Annual report of the Punjab Veterinary College and of the Civil Veterinary Department, Punjab - 1909-1919
Year: 1909
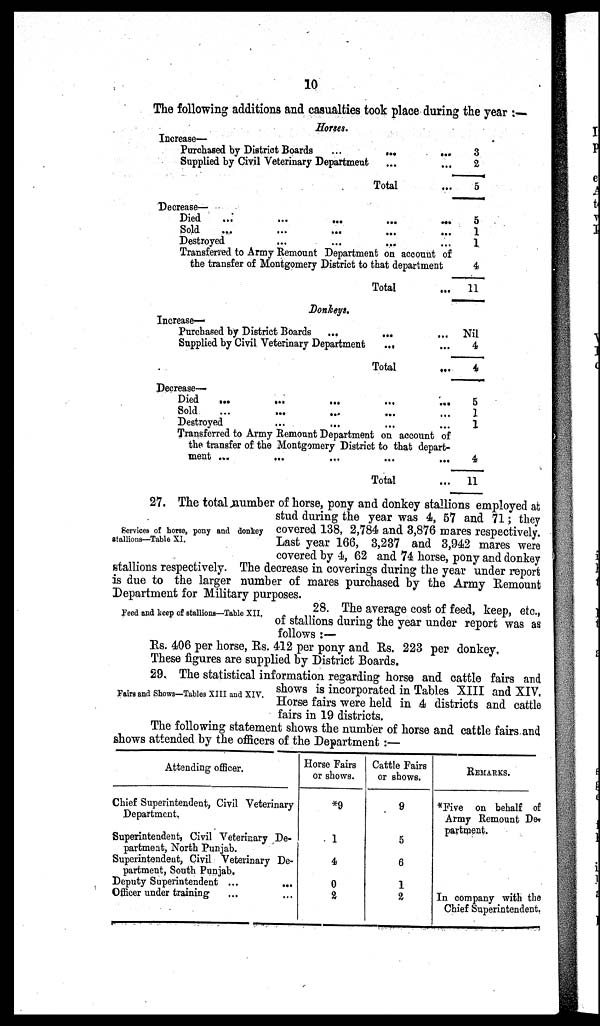
10
The following additions and casualties took place during the year :—
Horses.
Increase—
Purchased by District Boards
...
...
...
Supplied by Civil Veterinary Department ... ...
Total ...
Decrease—
Died ... ... ... ... ...
Sold
...
...
...
...
...
Destroyed
...
...
...
Transferred to Army Remount Department on account of
the transfer of Montgomery District to that department
Total ...
Donkeys.
Increase—
Purchased by District Boards
...
... ...
Supplied by Civil Veterinary Department
... ...
Total ...
Decrease—
Died
...
...
...
...
...
Sold
...
... ... ... ...
Destroyed ... ... ...
Transferred to Army Remount Department on account of
the transfer of the Montgomery District to that depart-
ment ...
...
...
...
...
Total ...
3
2
5
5
1
1
4
11
Nil
4
4
5
1
1
4
11
Services of horse, pony and donkey
stallions—Table XI.
27. The total number of horse, pony and donkey stallions employed at
stud during the year was 4, 57 and 71; they
covered 138, 2,784 and 3,876 mares respectively.
Last year 166, 3,237 and 3,942 mares were
covered by 4, 62 and 74 horse, pony and donkey
stallions respectively. The decrease in coverings during the year under report
is due to the larger number of mares purchased by the Army Remount
Department for Military purposes.
Feed and keep of stallions—Table XII.
28. The average cost of feed, keep, etc.,
of stallions during the year under report was as
follows :—
Rs. 406 per horse, Rs. 412 per pony and Rs. 223 per donkey.
These figures are supplied by District Boards.
Fairs and Shows—Tables XIII and XIV.
29. The statistical information regarding horse and cattle fairs and
shows is incorporated in Tables XIII and XIV.
Horse fairs were held in 4 districts and cattle
fairs in 19 districts.
The following statement shows the number of horse and cattle fairs and
shows attended by the officers of the Department :—
Attending officer.
Chief Superintendent, Civil Veterinary
Department.
Superintendent, Civil Veterinary De-
partment, North Punjab.
Superintendent, Civil Veterinary De-
partment, South Punjab.
Deputy Superintendent ...
...
Officer under training ... ...
Horse Fairs
or shows.
*9
1
4
0
2
Cattle Fairs
or shows.
9
5
6
1
2
REMARKS.
*Five on behalf of
Army Remount De¬
partment.
In company with the
Chief Superintendent.